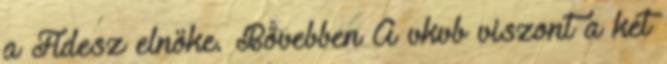
a Fidesz elnöke. Bővebben A vkvb viszont a két